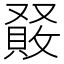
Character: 𠮆